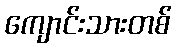
ကျောင်းသားတစ်